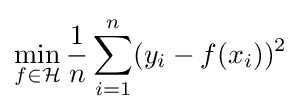
\min _{f\in {\mathcal {H}}}{\frac {1}{n}}\sum _{i=1}^{n}(y_{i}-f(x_{i}))^{2}